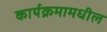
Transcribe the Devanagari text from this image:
कार्यक्रमामधील